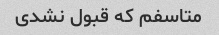
متاسفم که قبول نشدی